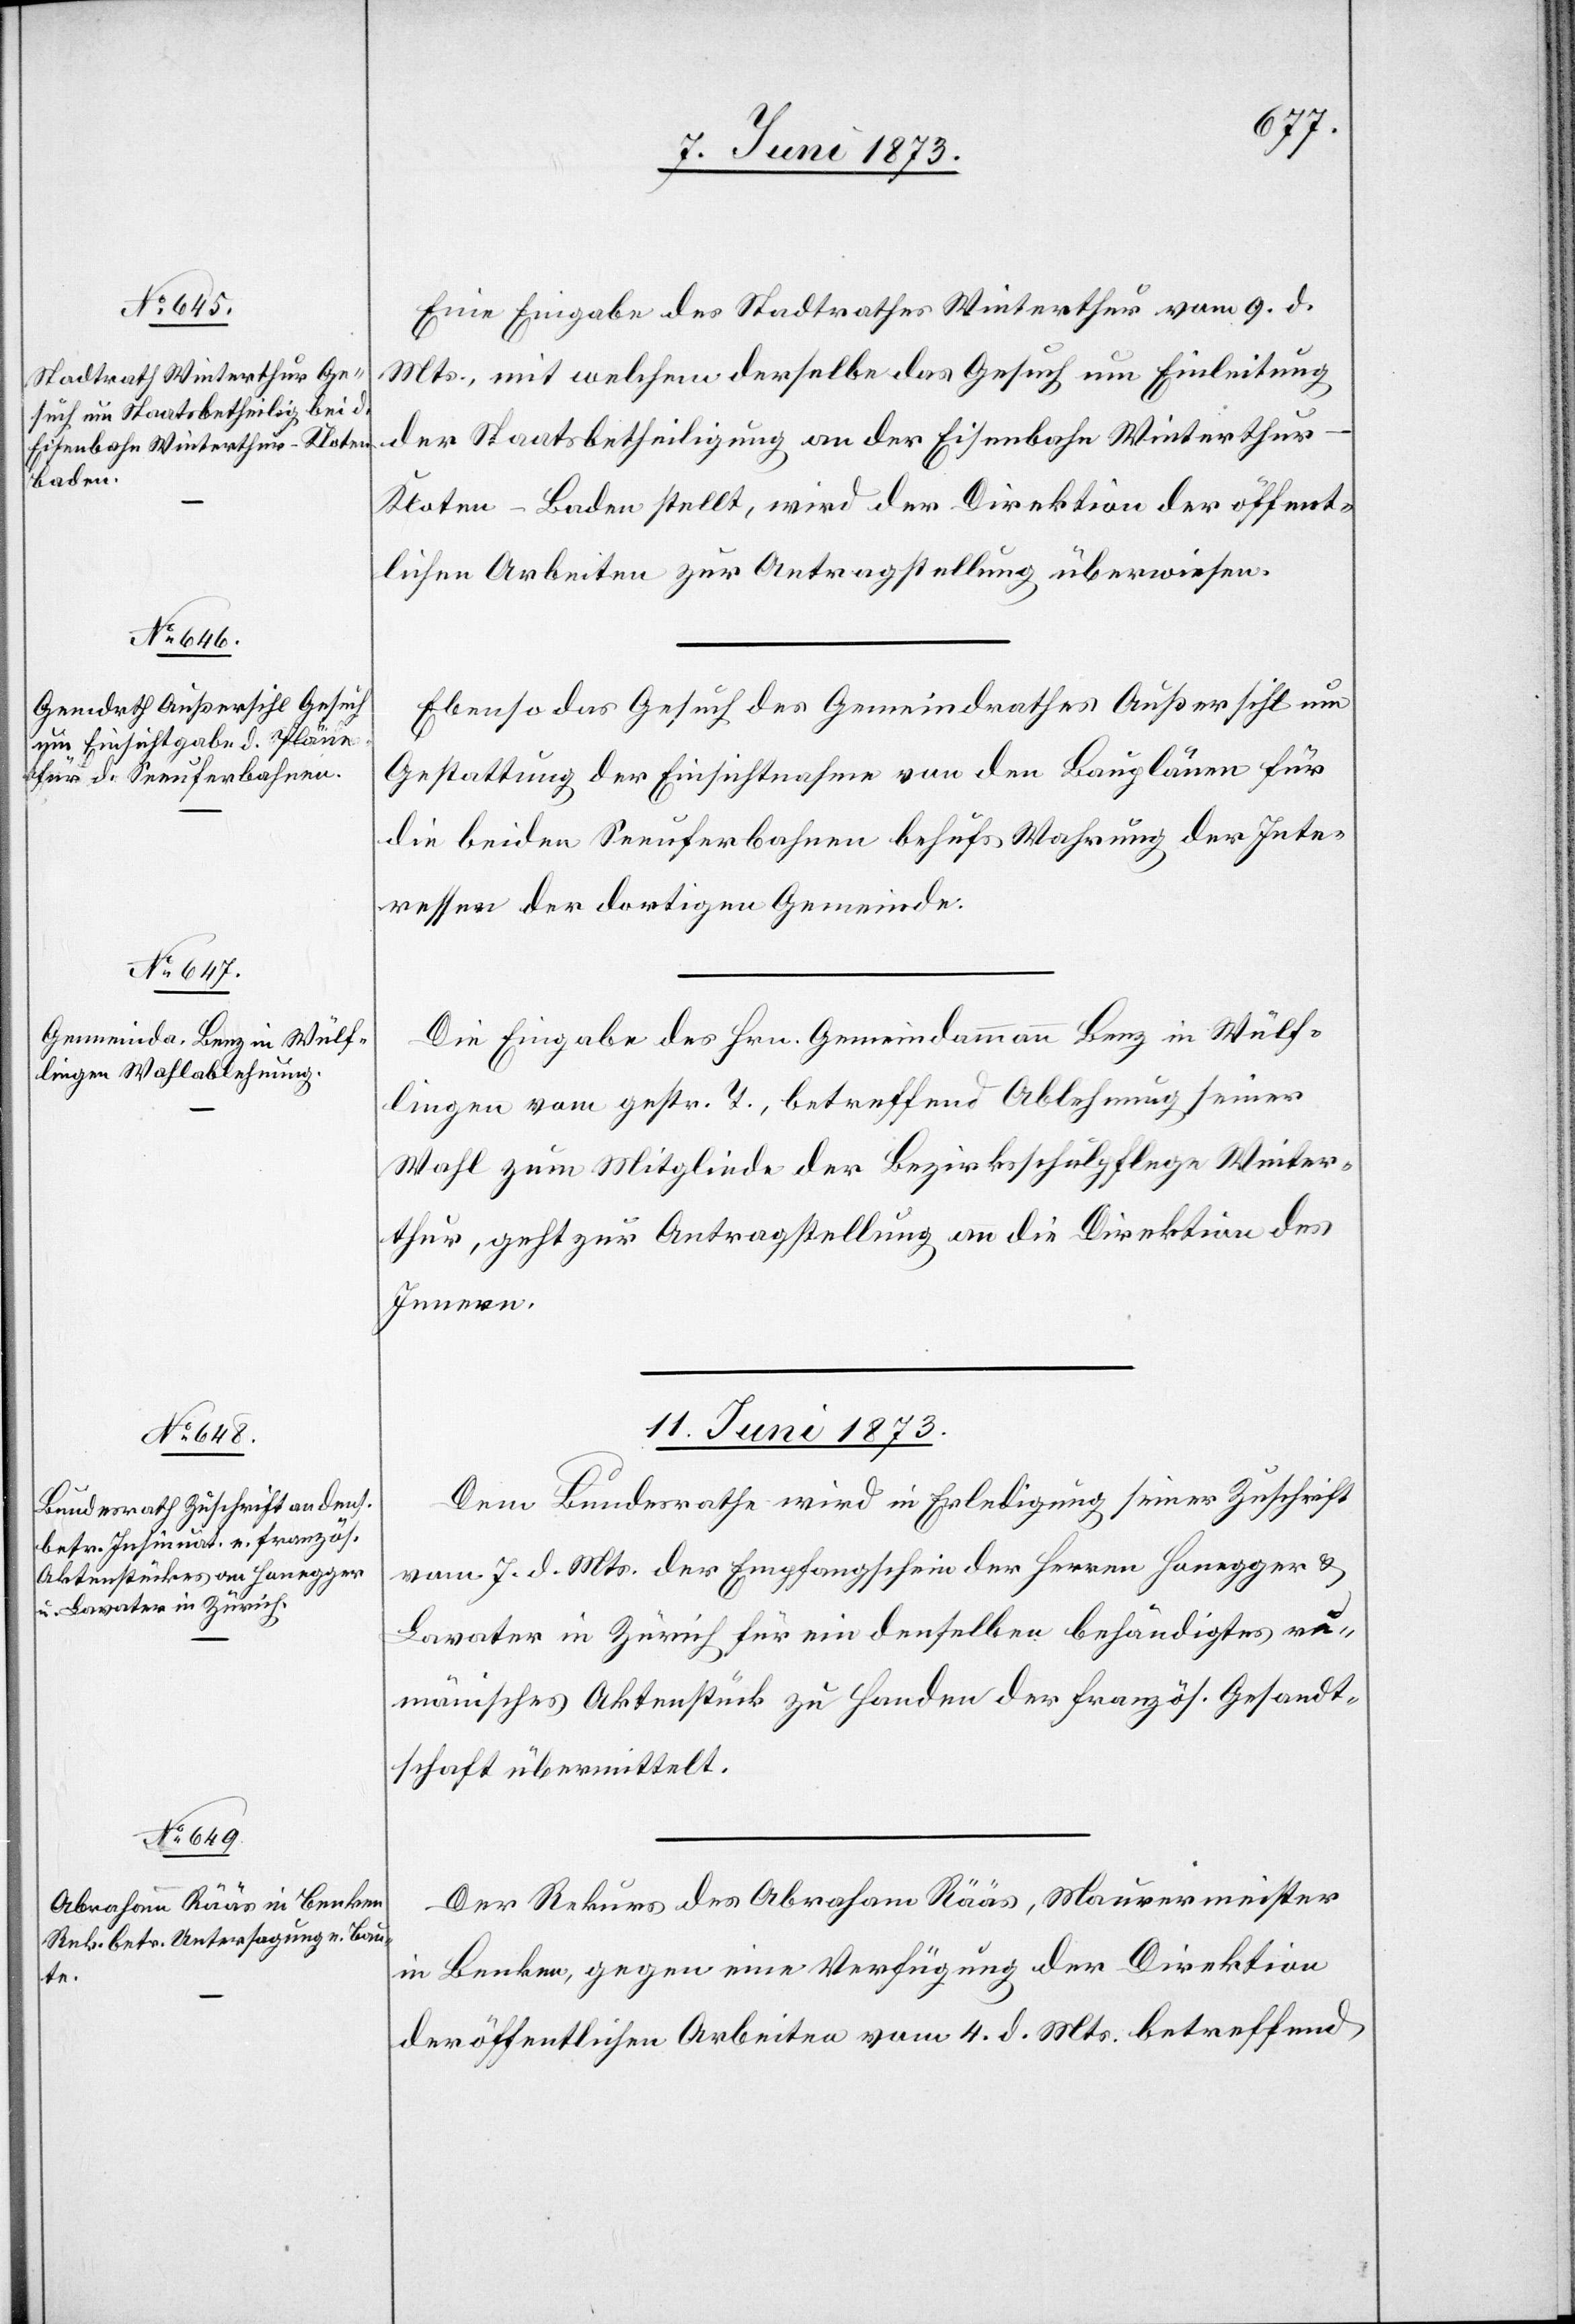
Eine Eingabe des Stadtrathes Winterthur vom 9. d.
Mts., mit welchem derselbe das Gesuch um Einleitung
der Staatsbetheiligung an der Eisenbahn Winterthur–K¬
loten–Baden stellt, wird der Direktion der öffent¬
lichen Arbeiten zur Antragstellung überwiesen.
Ebenso das Gesuch des Gemeindrathes Außersihl um
Gestattung der Einsichtnahme von den Bauplänen für
die beiden Seeuferbahnen behufs Wahrung der Inte¬
ressen der dortigen Gemeinde.
Die Eingabe des Hrn. Gemeindammann Benz in Wülf¬
lingen vom gestr. T., betreffend Ablehnung seiner
Wahl zum Mitgliede der Bezirksschulpflege Winter¬
thur geht zur Antragstellung an die Direktion des
Innern.
11. Juni 1873.]
Dem Bundesrathe wird in Erledigung seiner Zuschrift
vom 7. d. Mts. der Empfangschein der Herren Honegger &
Lavater in Zürich für ein denselben behändigtes ru¬
mänisches Aktenstück zu Handen der französ. Gesandt¬
schaft übermittelt.
Der Rekurs des Abraham Rääs, Maurermeister
in Benken, gegen eine Verfügung der Direktion
der öffentlichen Arbeiten vom 4. d. Mts. betreffend